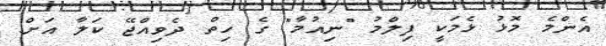
އެންމެ މޮޅު ޅެމަކީ ފިލްމު "ނިއުމާ" ގެ ހިތް ދެވިއްޖޭ ކަލާ އަށް.